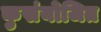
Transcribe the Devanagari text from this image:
कुसंयोजित